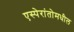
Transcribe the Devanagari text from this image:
एस्पेरांतोमधील